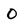
Character: 0